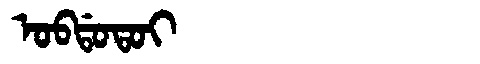
Manchu: ᠣᠪᡩᠣᡨᠣᡳ
Romanization: OBDOTOI